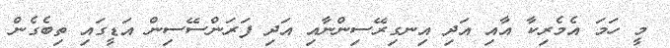
މީ ހަމަ އެމެރިކާ އާއި އަދި އިނގިރޭސިންނާއި އަދި ފަރަންސޭސިން އަޑީގައި ތިބެގެން